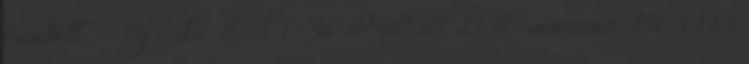
érintett. --Tgrvita IRC WP PR 2010. március 24., 19:01